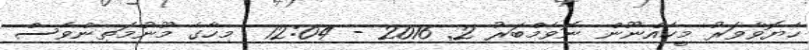
ހެޔޮވާވަރު މީހެއްނޫން ނޮވެމްބަރު 2